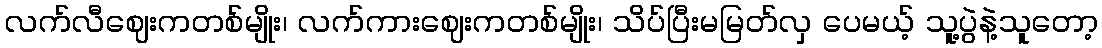
လက်လီဈေးကတစ်မျိုး၊ လက်ကားဈေးကတစ်မျိုး၊ သိပ်ပြီးမမြတ်လှ ပေမယ့် သူ့ပွဲနဲ့သူတော့